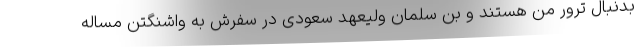
بدنبال ترور من هستند و بن سلمان ولیعهد سعودی در سفرش به واشنگتن مساله